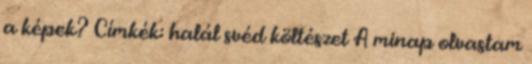
a képek? Címkék: halál svéd költészet A minap olvastam